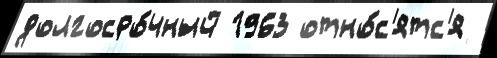
долгосро́чный 1963 отно́с'ятс'я